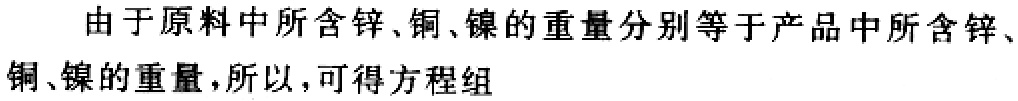
由于原料中所含锌、铜、镍的重量分别等于产品中所含锌、铜、镍的重量,所以,可得方程组